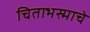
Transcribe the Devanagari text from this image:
चिताभस्माचे